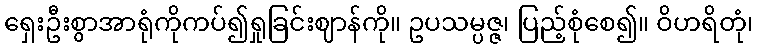
ရှေးဦးစွာအာရုံကိုကပ်၍ရှုခြင်းဈာန်ကို။ ဥပသမ္ပဇ္ဇ၊ ပြည့်စုံစေ၍။ ဝိဟရိတုံ၊